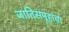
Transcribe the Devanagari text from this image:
जातिसमूहांचा